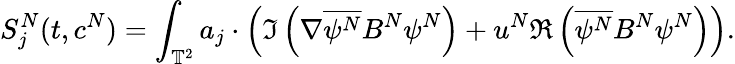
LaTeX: S_{j}^{N}(t,c^{N})=\int_{\mathbb{T}^{2}}a_{j}\cdot\left(\Im\left(\nabla\overline{{\psi^{N}}}B^{N}\psi^{N}\right)+u^{N}\Re\left(\overline{{\psi^{N}}}B^{N}\psi^{N}\right)\right).